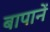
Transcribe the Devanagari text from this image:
बापानें